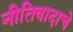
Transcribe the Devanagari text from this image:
नीतिवादाचे